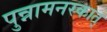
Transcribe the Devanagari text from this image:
पुन्नामनरकात्